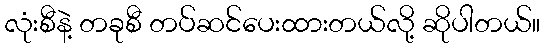
လုံးစီနဲ့ တခုစီ တပ်ဆင်ပေးထားတယ်လို့ ဆိုပါတယ်။